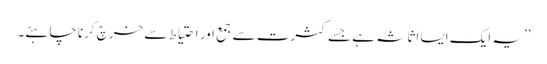
’’یہ ایک ایسا اثاثہ ہے جسے کثرت سے جمع اور احتیاط سے خرچ کرنا چاہئے۔